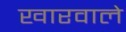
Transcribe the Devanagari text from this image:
खारवाले